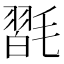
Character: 𣯮